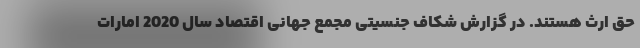
حق ارث هستند. در گزارش شکاف جنسیتی مجمع جهانی اقتصاد سال 2020 امارات